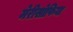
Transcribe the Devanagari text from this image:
मेरीसोफिया